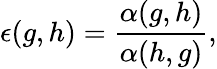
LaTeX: \epsilon(g,h)=\frac{\alpha(g,h)}{\alpha(h,g)},